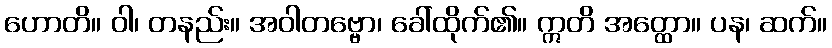
ဟောတိ။ ဝါ၊ တနည်း။ အဝါတဗ္ဗော၊ ခေါ်ထိုက်၏။ ဣတိ အတ္ထော။ ပန၊ ဆက်။